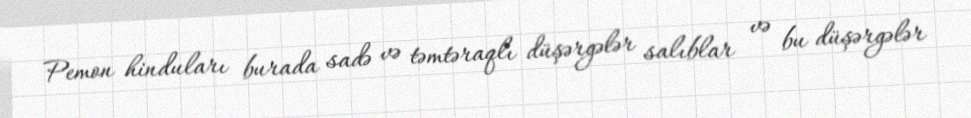
Pemon hinduları burada sadə və təmtəraqlı düşərgələr salıblar və bu düşərgələr